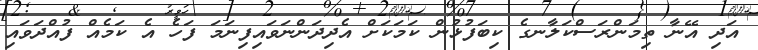
އަދި އޭނާ ތިމަންރަސްކަލާނގެ ކިބަފުޅުން ކަމަކަށް އެދިދަންނަވައިފިނަމަ ފަހެ އެ ކަމެއް ފުއްދަވައި